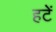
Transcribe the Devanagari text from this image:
हटें